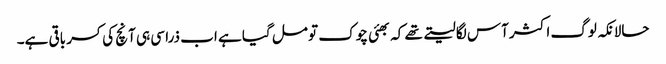
حالانکہ لوگ اکثر آس لگا لیتے تھے کہ بھئی چوک تو مل گیا ہے اب ذرا سی ہی آنچ کی کسر باقی ہے۔